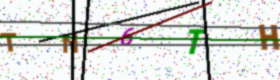
Text: TN6TH